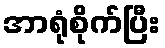
အာရုံစိုက်ပြီး